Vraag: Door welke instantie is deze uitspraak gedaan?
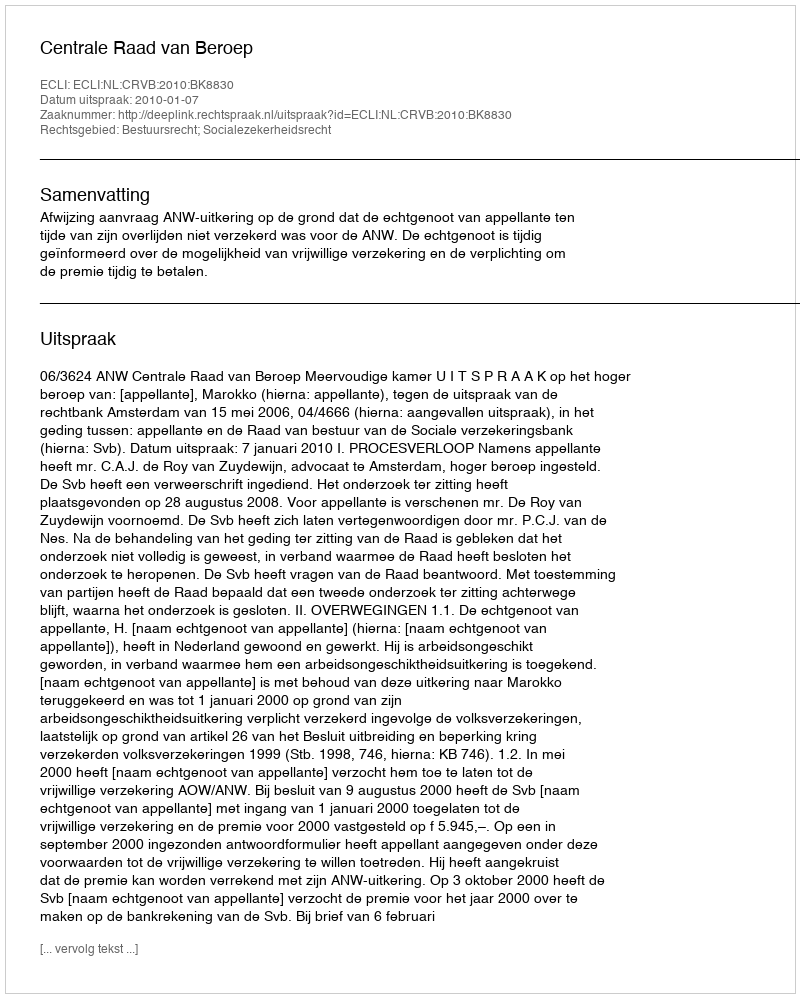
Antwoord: Centrale Raad van Beroep